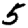
Digit: 5